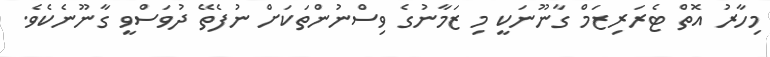
މިހާރު އޮތް ޓެރަރިޒަމް ގާނޫނަކީ މި ޒަމާނުގެ ވިސްނުންތަކަށް ނުފެތޭ ދުވަސްވީ ގާނޫނެކެވެ.